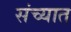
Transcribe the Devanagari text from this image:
संच्यात